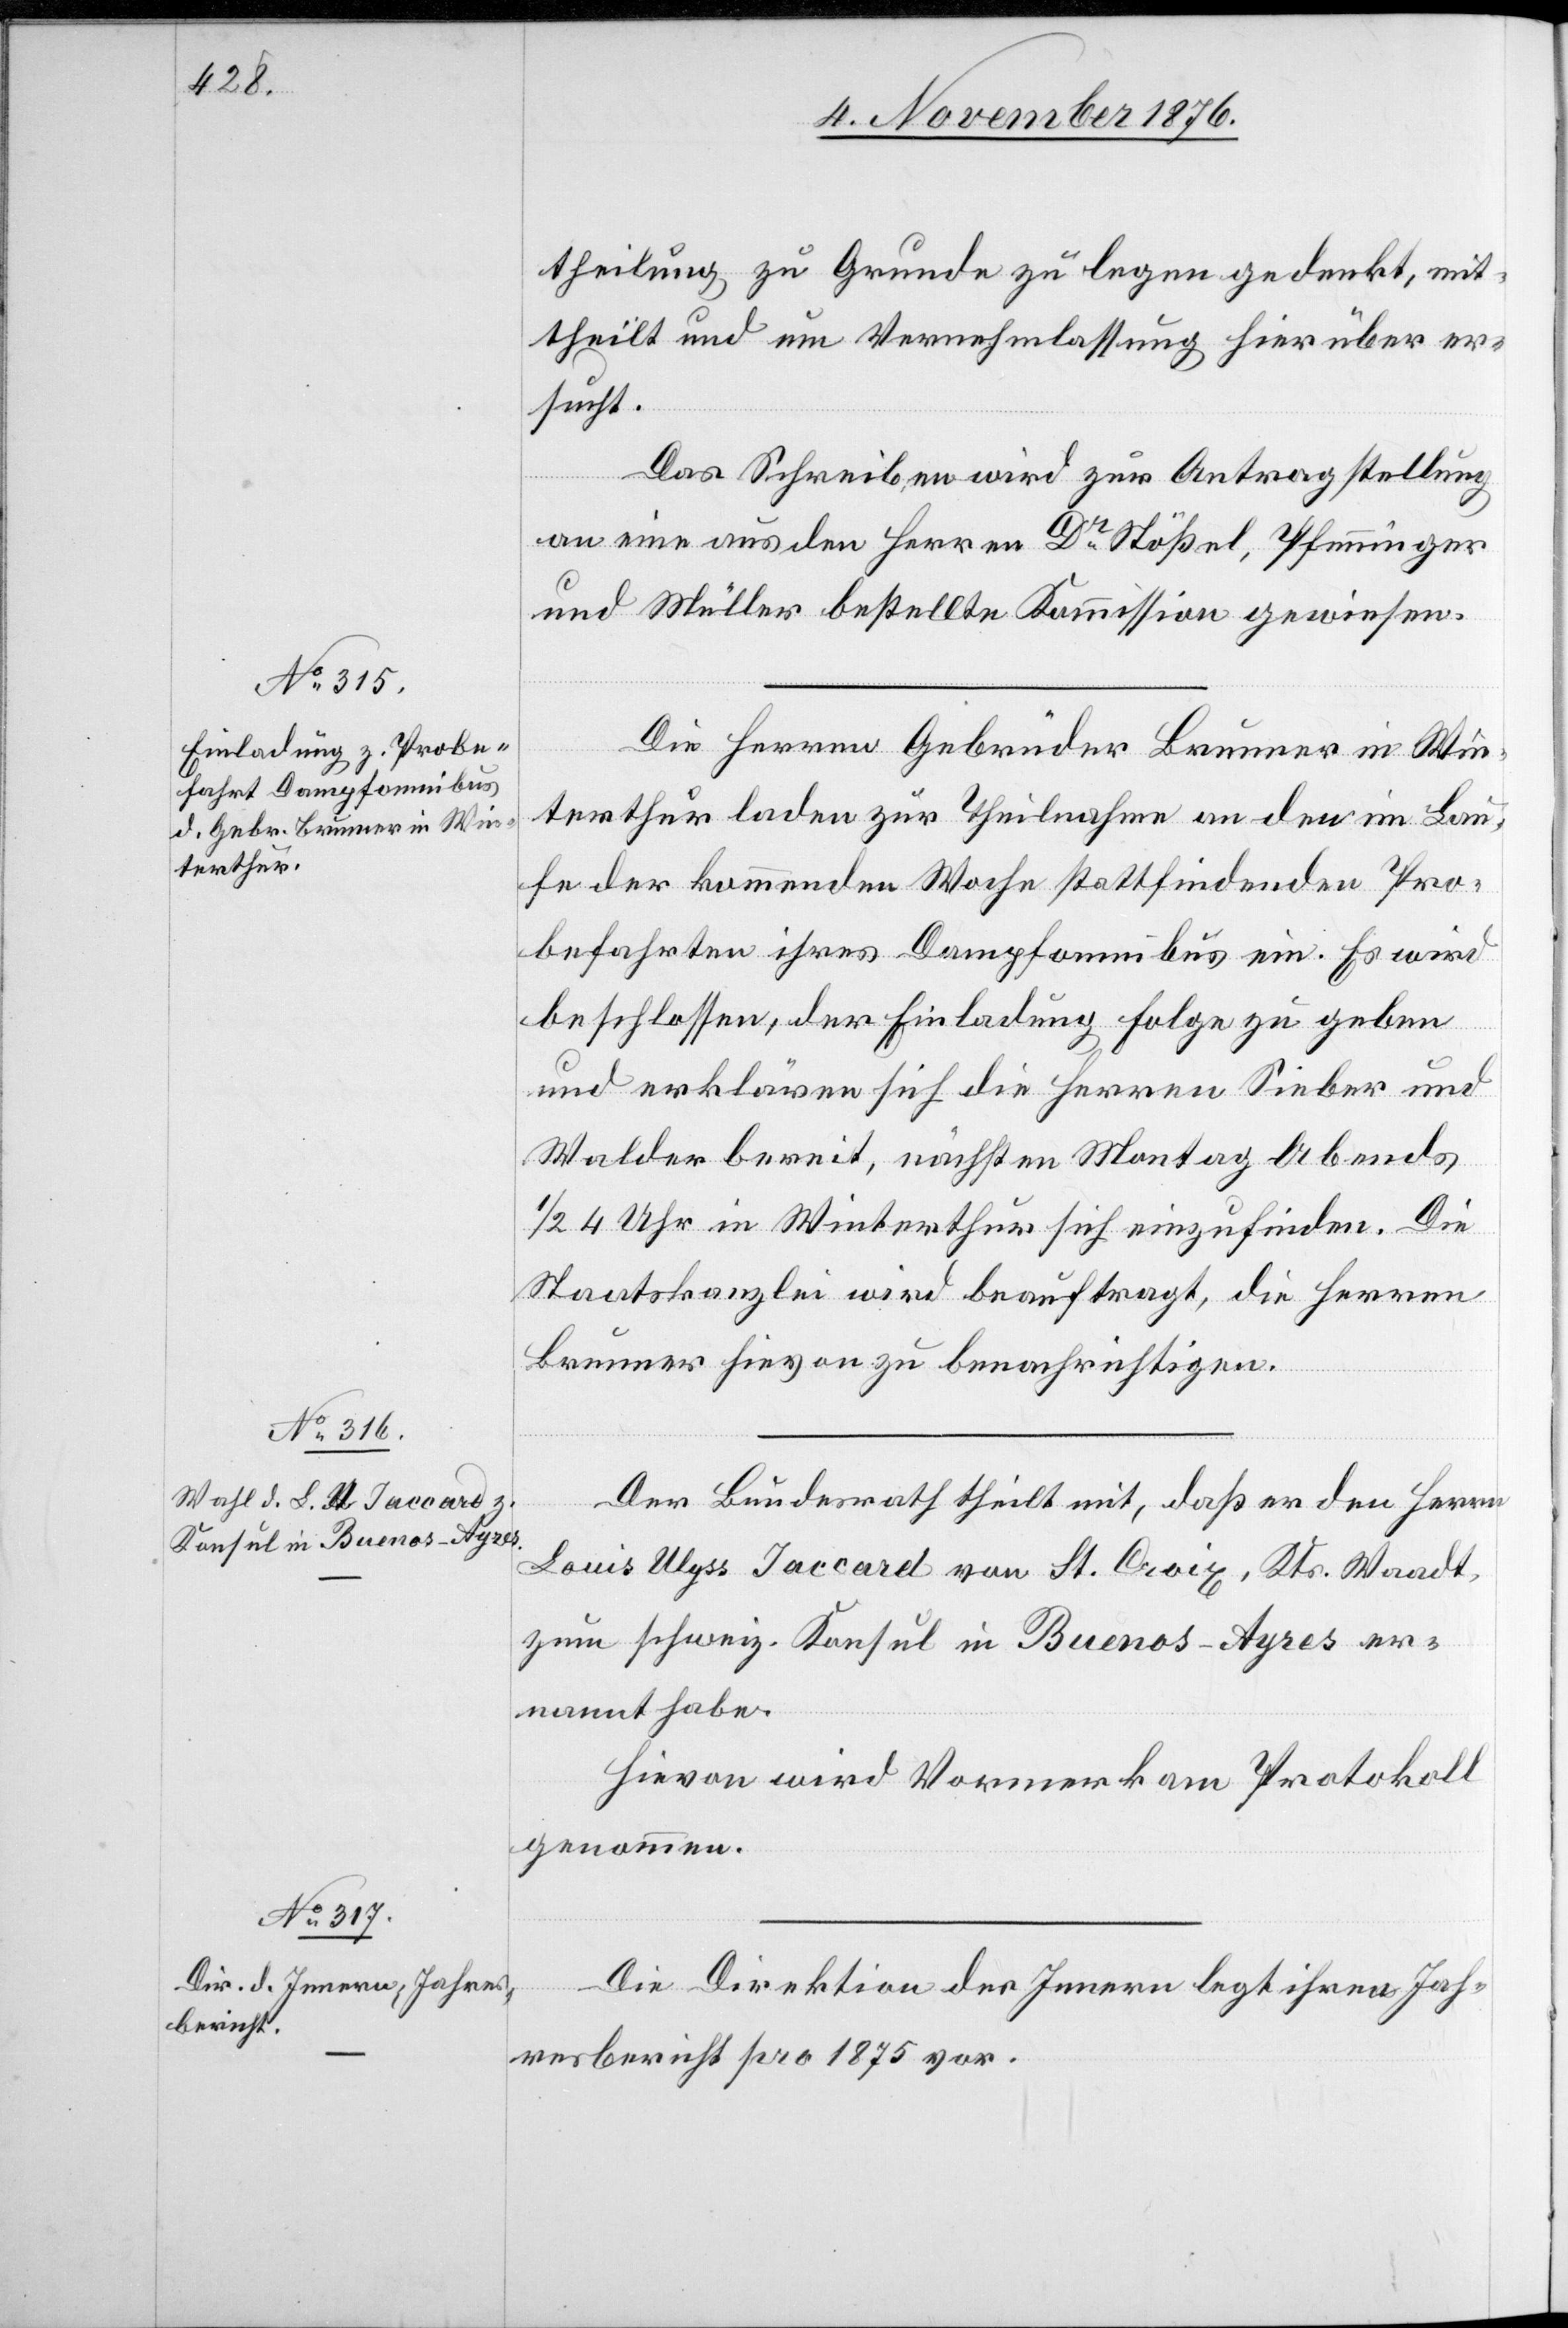
theilung zu Grunde zu legen gedenkt, mit¬
theilt und um Vernehmlassung hierüber er¬
sucht.
Das Schreiben wird zur Antragstellung
an eine aus den Herren Dr Stößel, Pfenninger
und Müller bestellten Kommission gewiesen.
Die Herren Gebrüder Brunner in Win¬
terthur laden zur Theilnahme an den im Lau¬
fe der kommenden Woche stattfindenden Pro¬
befahrten ihres Dampfomnibus ein. Es wird
beschlossen, der Einladung Folge zu geben
und erklären sich die Herren Sieber und
Walder bereit, nächsten Montag Abends
1/2 4 Uhr in Winterthur sich einzufinden. Die
Staatskanzlei wird beauftrag, die Herren
Brunner hievon zu benachrichtigen.
Der Bundesrath theilt mit, daß er den Herrn
Louis Ulyss Jaccard von St. Croix, Kts. Waadt,
zum schweiz. Konsul in Buenos-Ayres er¬
nannt habe.
Hievon wird Vormerk am Protokoll
genommen.
Die Direktion des Innern legt ihren Jah¬
resbericht pro 1875 vor.